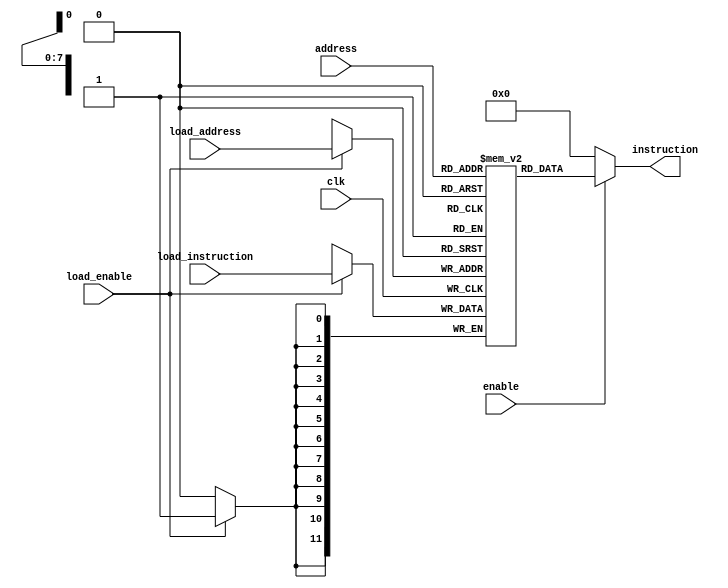
module program_memory #(
    parameter WIDTH = 12, 
    parameter DEPTH = 256 ) (
    output [WIDTH-1:0]instruction,
    input enable,
    input [$clog2(DEPTH)-1:0]address,
    input [WIDTH-1:0]load_instruction,
    input load_enable,
    input [$clog2(DEPTH)-1:0]load_address,
    input clk );
    reg [WIDTH-1:0]progMem[DEPTH-1:0];
    always @(posedge clk) begin
        if (load_enable) begin
            progMem[load_address] <= load_instruction;
        end
    end
    assign instruction = enable?progMem[address]:0;
endmodule